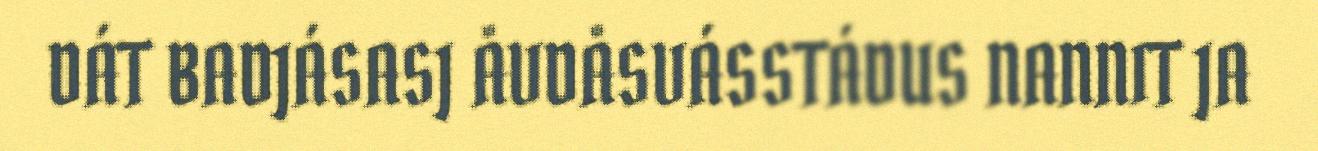
DÁT BADJÁSASJ ÅVDÅSVÁSSTÁDUS NANNIT JA